Standards of the constituents of the urine and blood and the bearing of the metabolism of Bengalis on the problems of nutrition - Number 34
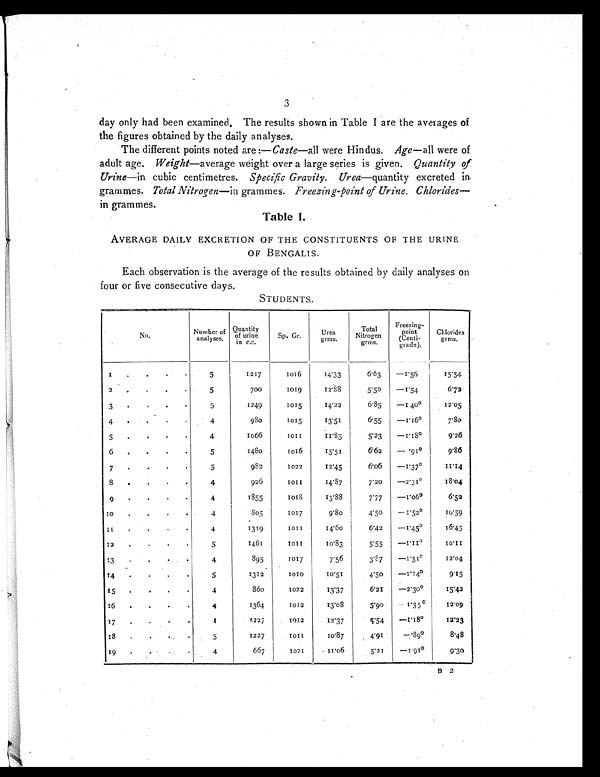
3
day only had been examined, The results shown in Table I are the averages of
the figures obtained by the daily analyses.
The different points noted are:— Caste—all were Hindus. Age —all were of
adult age. Weight —average weight over a large series is given. Quantity of
Urine—in cubic centimetres. Specific Gravity. Urea—quantity excreted in
grammes. Total Nitrogen —in grammes. Freezing-point of Urine. Chlorides
—in grammes.
Table I.
AVERAGE DAILY EXCRETION OF THE CONSTITUENTS OF THE URINE
OF BENGALIS.
Each observation is the average of the results obtained by daily analyses on
four or five consecutive days.
STUDENTS.
No.
Number of
analyses.
Quantity
of urine i n c . c .
Sp. Gr.
Urea.
grms.
Total
Nitrogen
grms.
Freezing-
point
(Centi-
grade).
Chlorides
grms.
1
.
.
.
.
5
1217
1016
14.33
6.63
—1.56
15.54
2
.
.
. .
5
700
1019
12.88
5.50
—1.54
6.72
3
.
.
.
.
5
1249
1015
14.22
6.85
—140°12.05
4
.
.
. .
4
980
1015
13.51
6.55
—1.16°7.80
5
.
.
.
.
4
1066
1011
11.85
5.23
—1.18°9.26
6
.
.
. .
5
1480
1016
13.51
6.62
—.91°9.86
7
.
.
. .
5
982
1022
12.45
6.06
—1.37°11.14
8
.
.
.
.
4
926
1 0 1 1
14.87
7.20
—2.31°18.04
9
.
.
.
.
4
1855
1 0 1 8
15.88
7.77
—1.06°6.52
10
.
.
.
.
4
805
1017
9.80
4.50
—1.52°1 0.59
1 1
.
.
. .
4
1319
1011
14.60
6.42
—1.45°16.45
12
.
.
. .
5
1461
1 0 1 1
10.83
5.55
—1.11°1 0.11
13
.
.
. .
4
895
1017
7.56
3.87
—1.51º
12.04
14
.
.
.
.
5
1312
1010
10.51
4.50
—1.14°9 .15
15
.
.
.
.
4
860
1022
13.37
6.21
—2.30°1 5.42
1 6
.
.
. .
4
1364
1012
13.08
5.90
—1.35°12.09
17
.
.
.
.
4
4227
1012
12.37
5.54
—1.18°12.23
1 8
.
.
. .
5
1227
1011
10.87
4.91
—.89°8 .48
19
.
. .
.
4
667
1021
11.06
5.21
—1.91º
9.30
B 2